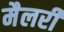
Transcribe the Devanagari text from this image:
मैलरी